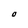
Character: O